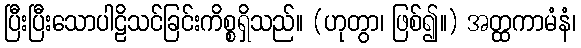
ပြီးပြီးသောပါဠိသင်ခြင်းကိစ္စရှိသည်။ (ဟုတွာ၊ ဖြစ်၍။) အတ္ထကာမံနံ၊